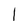
Character: l